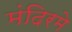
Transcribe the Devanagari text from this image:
मंदिरमे